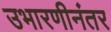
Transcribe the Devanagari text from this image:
उभारणीनंतर